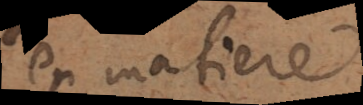
en matiere